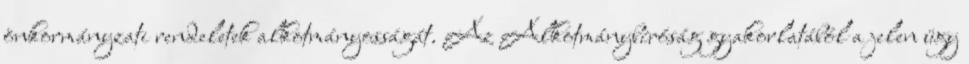
önkormányzati rendeletek alkotmányosságát. Az Alkotmánybíróság gyakorlatából a jelen ügy